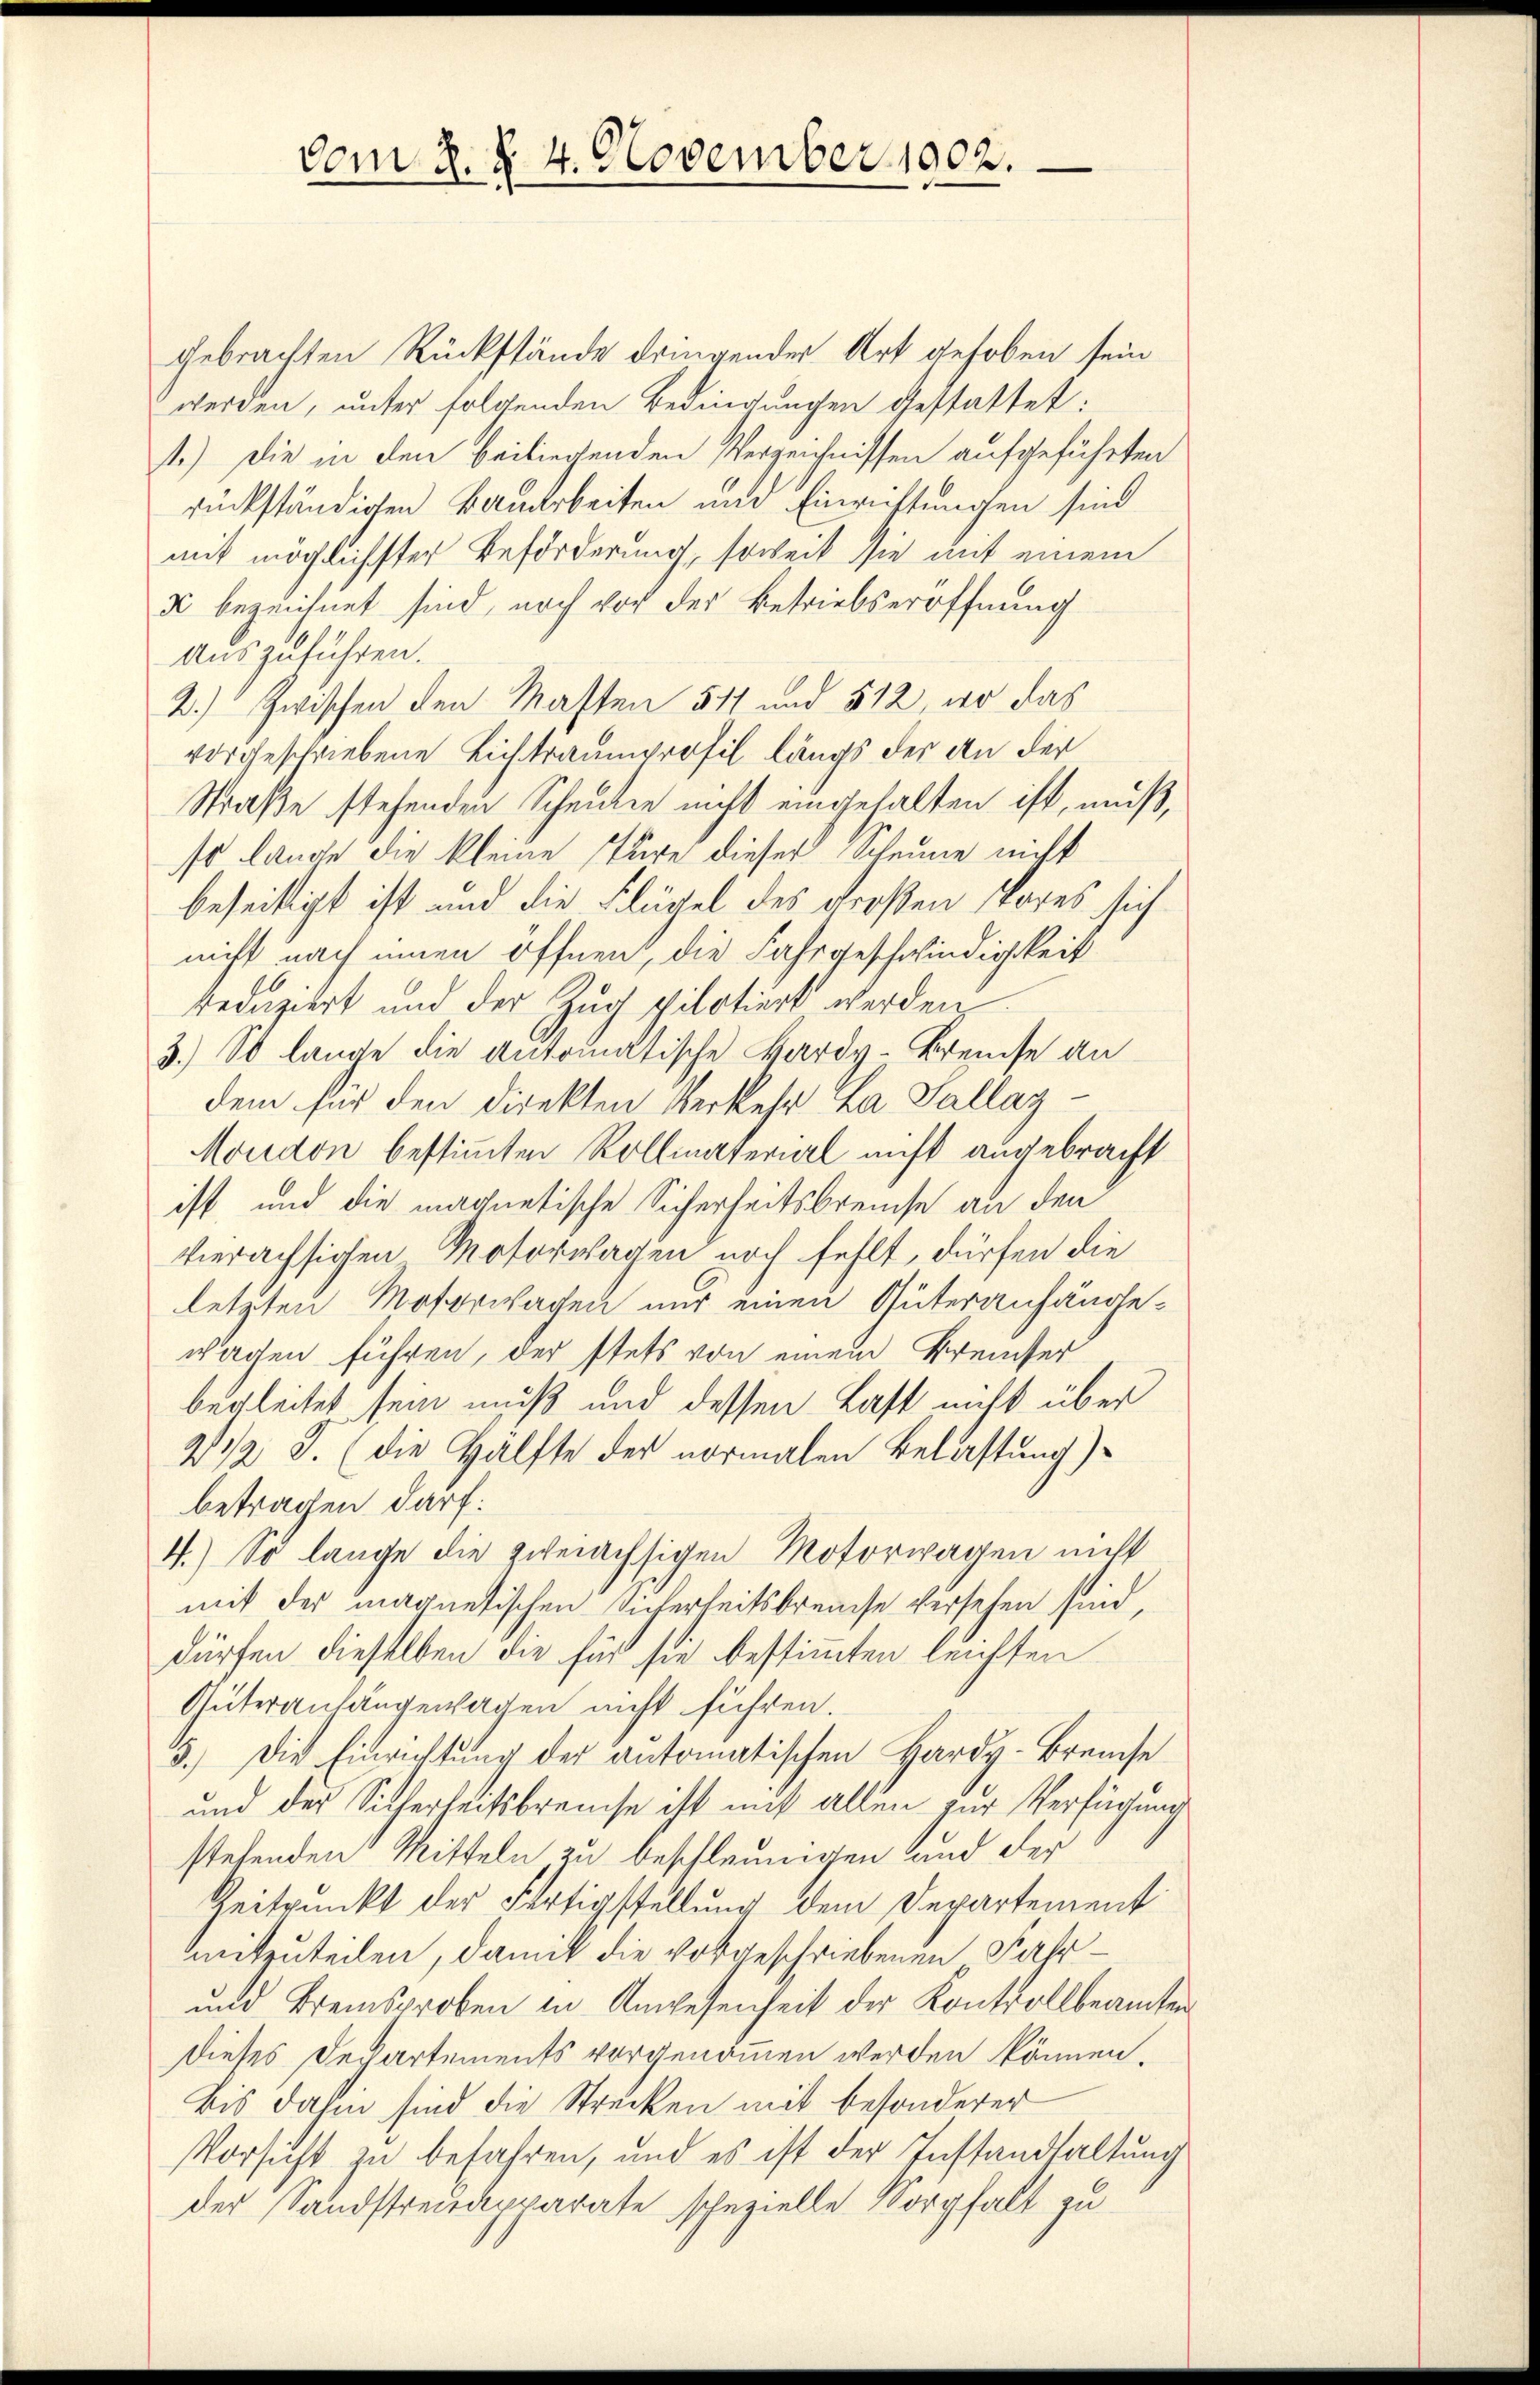
vom 2. §. 4. November 1902.

gebrachten Rückstände dringender Art gehoben sein
werden, unter folgenden Bedingungen gestattet:
1.) Die in den beiliegenden Verzeichnissen aufgeführten
rückständigen Bauarbeiten und Einrichtungen sind
mit möglichster Beförderung, soweit sie mit einem
K bezeichnet sind, noch vor der Betriebseröffnung
Auszuführen.
2.) Zwischen den Masten 511 und 512, wo das
vorgeschriebene Lichtraumprofil längs der an der
Straße stehenden Scheulie nicht eingehalten ist, muß,
so lange die kleine Türe dieser Scheune nicht
beseitigt ist und die Flügel des Großen Stores sich
nicht nach einen öffnen, die Fahrgeschwindigkeit
reduziert und der Zug pilotiert werden
3.) So lange die antomatische Hardy-Breuse an
dem für den direkten Verkehr. La Sallag¬
Moudon bestimmten Rollmaterial nicht angebracht
ist, und die magnetische Sicherheitsbreise an den
vierächsigen Motorwagen noch fehlt, dürfen die
letzten Motorwachen nur einen Güteranfängewagen führen, der stets von einem Breicher
begleitet sein muß und dessen Last nicht über
2 1/2 J. (die Hälfte der normalen Belastung)
betragen darf.
4.) So lange die zweiachsigen Motorwagen nicht
mit der magnetischen Sicherheitsbrauche versehen sind,
dürfen dieselben die für sie bestimmten leichten
Güteranlangewagen nicht führen.
5.) Die Einrichtung der automatischen Hardy-Breuche
und der Sicherheitsbrauche ist nit allen zur Verfügung
stehenden Mitteln zu beschleunigen und der
Beitrunkt der Fertigstellung dem Departement
mitzuteilen, damit die vorgeschriebenen Fahr¬
und Bremsproben in Anwesenheit der Kontrollbeamten
Dieses Departements vorgenommen werden können.
Bis dahin sind die Strecken mit besonderer
Vorsicht zu befahren, und es ist der Instandhaltung
der Sandstreuapparate spezielle Sorgfalt zu